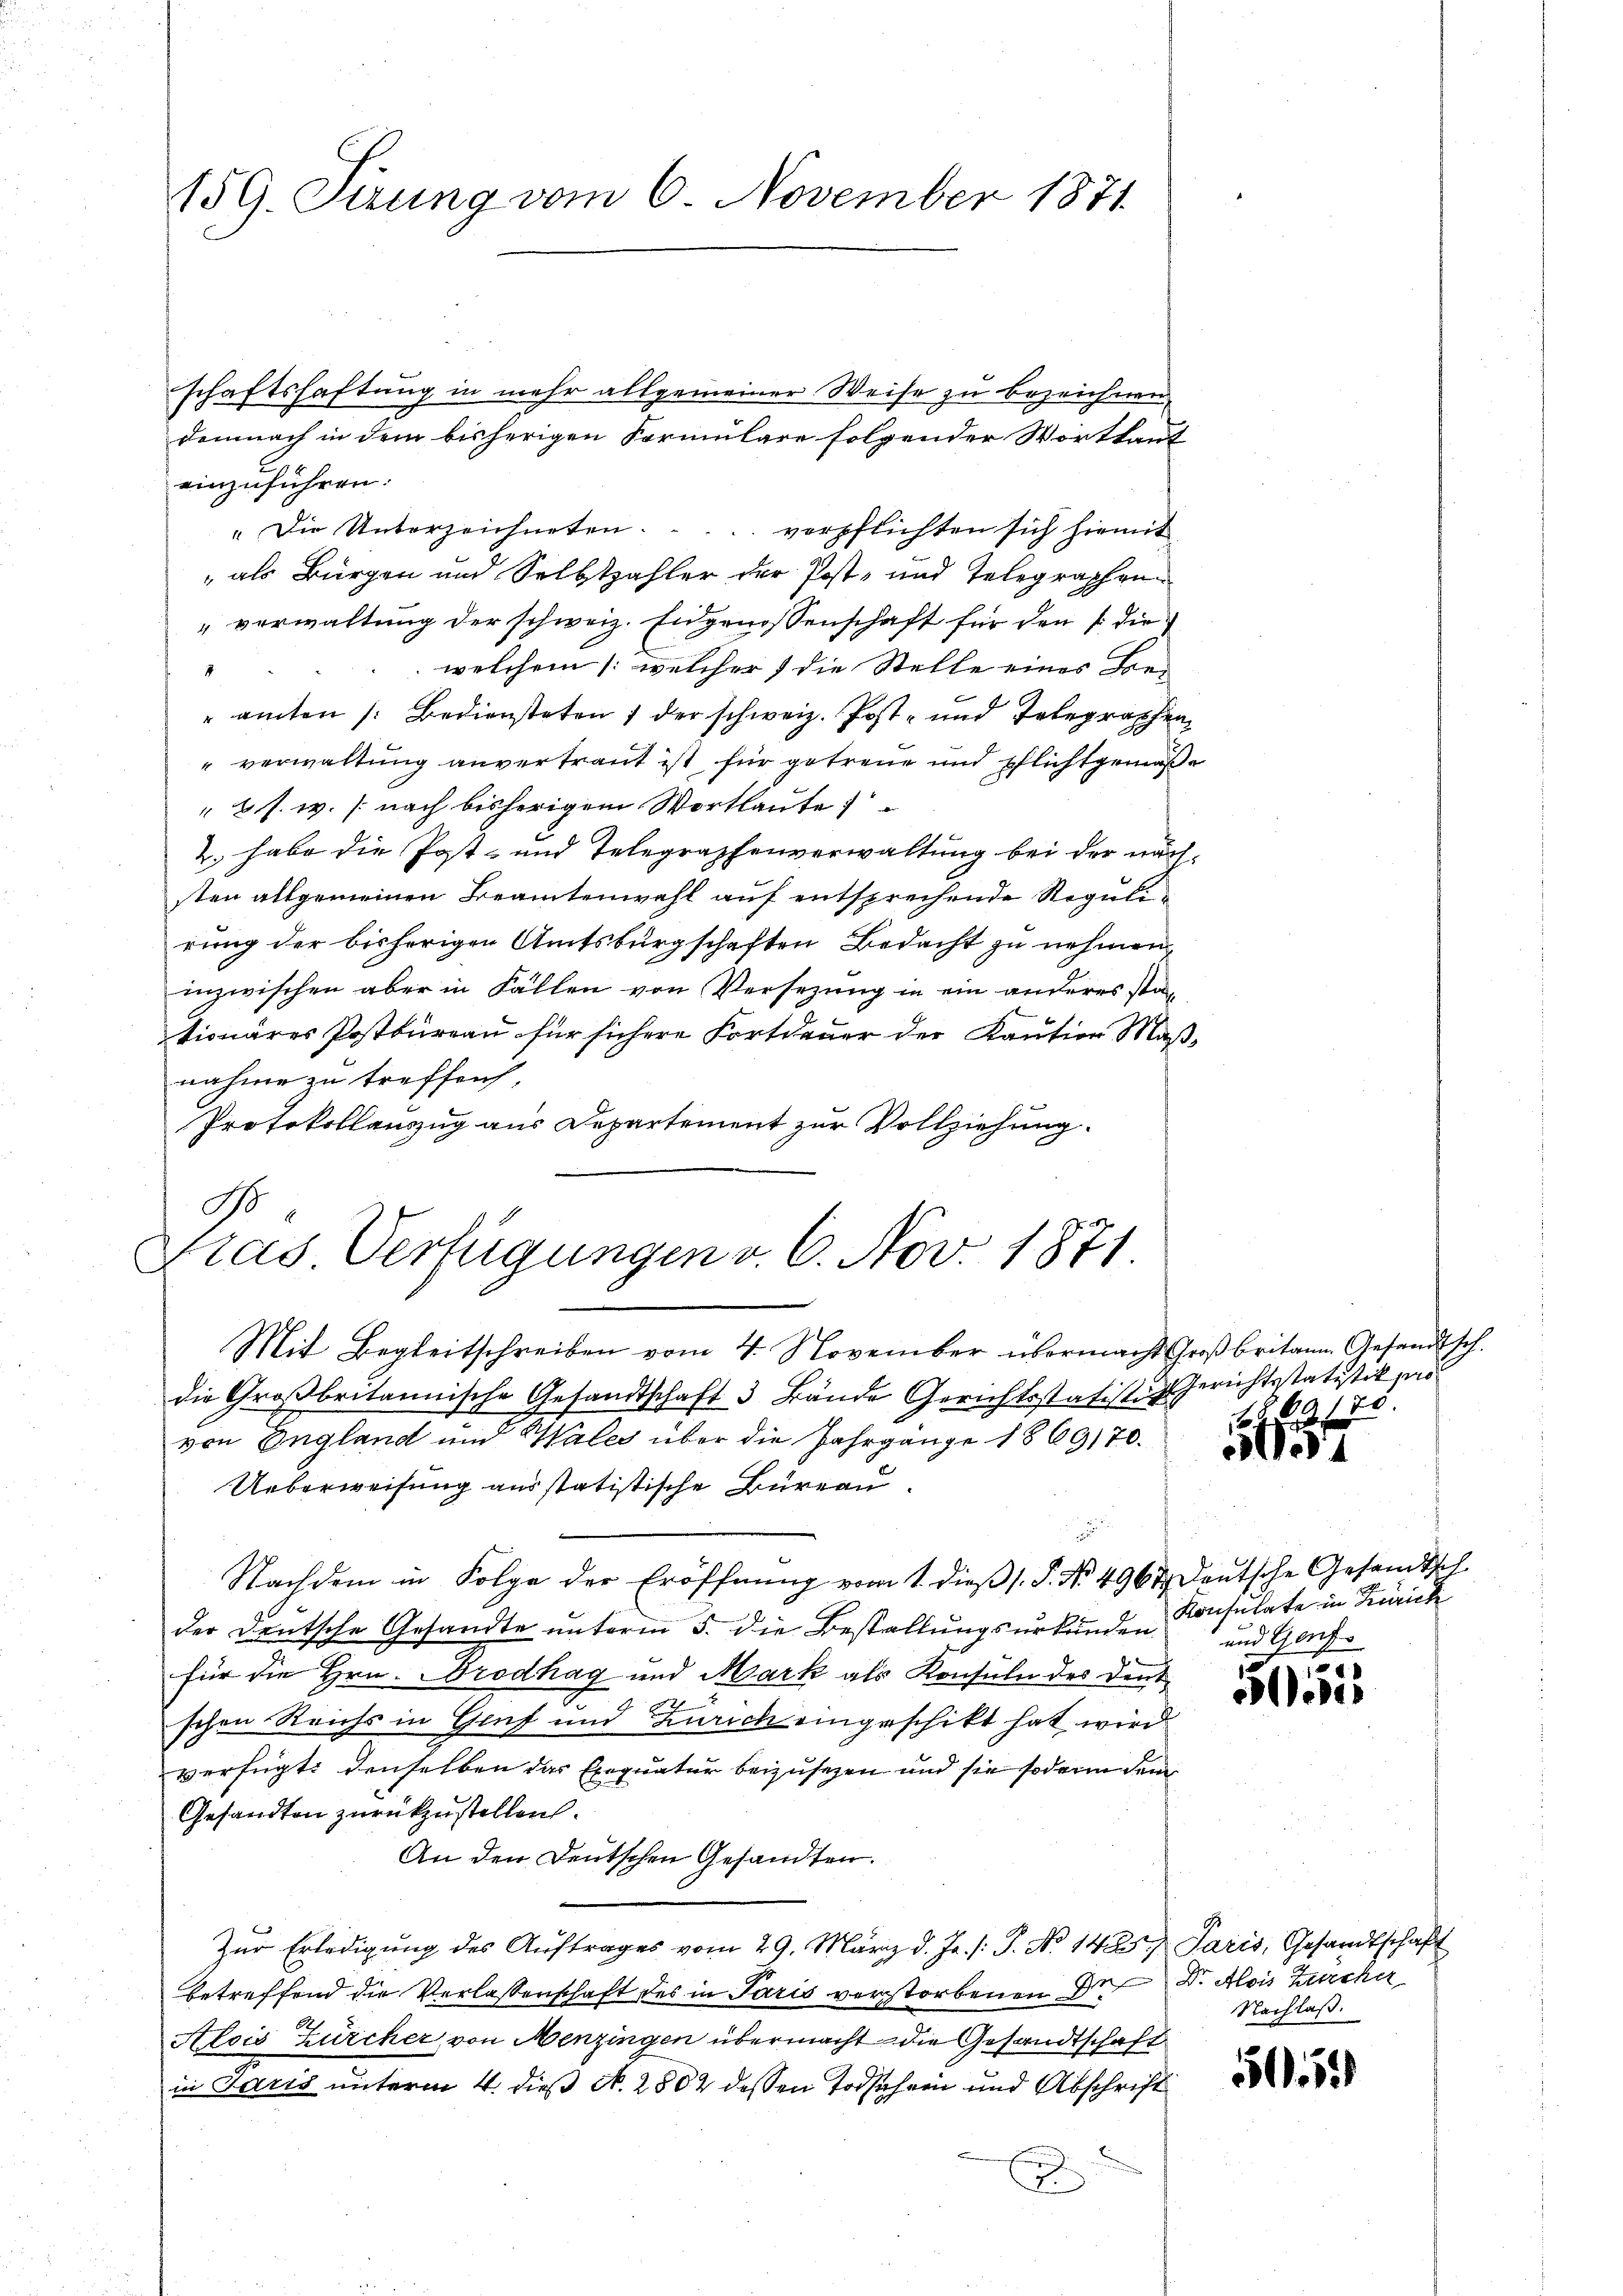
159. Sirung vom 6. November 1871

einzuführen:
"Die Unterzeichneten.  ... verpflichten sich hiemit
" als Bürgen und Selbstzahler der Post- und Telegraphen
" verwaltung der schweiz. Eidgenossenschaft für den 1. die
welchem /: welcher 7 die Stelle eines Be-
amten /: Bediensteten 1 der schweiz. Post- und Telegraphen
" verwaltung anvertraut ist für getreue und Pflichtgemäße
2 s. w. (nach bisherigem Wortlaute
2. habe die Post- und Telegraphenverwaltung bei der näch-
sten allgemeinen Beamtenwahl auf entsprechende Regul.
rung der bisherigen Amtsbürgschaften Bedacht zu nehmen,
inzwischen aber in Fällen von Versezung in ein anderes stat
tionäres Postbureau für sichere Fortdauer der Kaution Maß-
nahme zu treffen,
Protokollauszug aus Departement zur Vollziehung.
Mit Begleitschreiben vom 4. November übermacht Großbritann Gesandtsch.
die Großbritannische Gesandtschaft 3 Bände Gerichtsstatisti Gerichtsstatistik zur
von England und Wales über die Jahrgänge 1869170.
Ueberweisung ausstatistische Büreau.
Nachdem in Folge der Eröffnung vom 1. dieβ s. S. Nr. 496 Deutsche Gesandtsch
der Deutsche Gesandte unterm 5. die Bestallungsurkunden
für die Hrn. Brodhag und Mark als Konsuln des Deut
schen Reichs in Genf und Zürich eingeschikt hat wird
verfügt, denselben das Exequatur beizusetzen und sie sodann dem
Gesandten zurückzustellen.
An den Deutschen Gesandten.
Zur Erledigung des Aŭftrages vom 29. März d. Js. /: P. No 1425. Paris, Gesandtschaft
betreffend die Verlassenschaft des in Paris verstorbenen Dr Dr. Alois Zürcher
Alois Zürcher von Menzingen übermacht die Gesandtschaft
in Paris unterm 4. dieß N. 2802 dessen Todschein und Abschrift
d

B

schaftshaftung in mehr allgemeiner Weise zu bezeichnen
Demnach in dem bisherigen Vormulare folgender Wortkant

ktas Verfügungen v. 6. Nov. 1871

1869, 150

4

Konsulate in Zürich
und Genf

1
oeden

Nachlaß.

5059